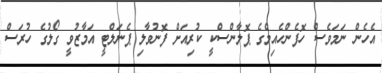
އެހެން ނަމަވެސް ހޮފެންހެއިމްގެ ޕޮލާންސްކީ ކުރިއަށް ފޮނުވާލި ޕެނަލްޓީ އަމާޒުވީ ގޯލުގެ ހުރަސް